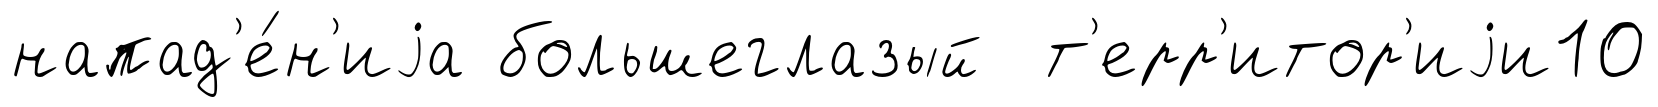
напад'е́н'иjа большеглазый т'ерр'итор'иjи10